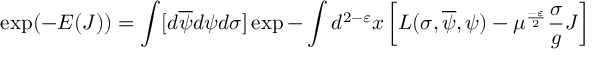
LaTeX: \exp ( - E ( J ) ) = \int [ d \overline { { { \psi } } } d \psi d \sigma ] \exp - \int d ^ { 2 - \varepsilon } x \left[ { \cal L } ( \sigma , \overline { { { \psi } } } , \psi ) - \mu ^ { \frac { - \varepsilon } { 2 } } \frac { \sigma } { g } J \right]